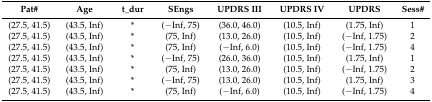
<table><thead><tr><td><b>Pat#</b></td><td><b>Age</b></td><td><b>t_dur</b></td><td><b>SEngs</b></td><td><b>UPDRS III</b></td><td><b>UPDRS IV</b></td><td><b>UPDRS</b></td><td><b>Sess#</b></td></tr></thead><tbody><tr><td>(27.5, 41.5)</td><td>(43.5, Inf)</td><td>*</td><td>(−Inf, 75)</td><td>(36.0, 46.0)</td><td>(10.5, Inf)</td><td>(1.75, Inf)</td><td>1</td></tr><tr><td>(27.5, 41.5)</td><td>(43.5, Inf)</td><td>*</td><td>(75, Inf)</td><td>(13.0, 26.0)</td><td>(10.5, Inf)</td><td>(−Inf, 1.75)</td><td>2</td></tr><tr><td>(27.5, 41.5)</td><td>(43.5, Inf)</td><td>*</td><td>(75, Inf)</td><td>(−Inf, 6.0)</td><td>(10.5, Inf)</td><td>(−Inf, 1.75)</td><td>4</td></tr><tr><td>(27.5, 41.5)</td><td>(43.5, Inf)</td><td>*</td><td>(−Inf, 75)</td><td>(26.0, 36.0)</td><td>(10.5, Inf)</td><td>(1.75, Inf)</td><td>1</td></tr><tr><td>(27.5, 41.5)</td><td>(43.5, Inf)</td><td>*</td><td>(75, Inf)</td><td>(13.0, 26.0)</td><td>(10.5, Inf)</td><td>(−Inf, 1.75)</td><td>2</td></tr><tr><td>(27.5, 41.5)</td><td>(43.5, Inf)</td><td>*</td><td>(−Inf, 75)</td><td>(13.0, 26.0)</td><td>(10.5, Inf)</td><td>(1.75, Inf)</td><td>3</td></tr><tr><td>(27.5, 41.5)</td><td>(43.5, Inf)</td><td>*</td><td>(75, Inf)</td><td>(−Inf, 6.0)</td><td>(10.5, Inf)</td><td>(−Inf, 1.75)</td><td>4</td></tr></tbody></table>